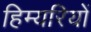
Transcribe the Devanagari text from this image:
हिम्यरियों